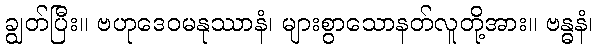
ချွတ်ပြီး။ ဗဟုဒေဝမနုဿာနံ၊ များစွာသောနတ်လူတို့အား။ ဗန္ဓနံ၊